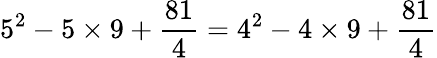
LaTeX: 5^{2}-5\times 9+{\frac{81}{4}}=4^{2}-4\times 9+{\frac{81}{4}}